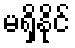
မရှိနိုင်